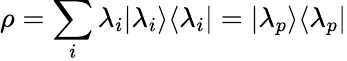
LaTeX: \rho=\sum_{i}\lambda_{i}|\lambda_{i}\rangle\langle\lambda_{i}|=|\lambda_{p}\rangle\langle\lambda_{p}|